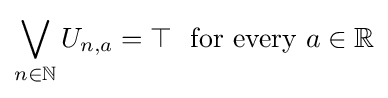
\bigvee _{n\in \mathbb {N} }U_{n,a}=\top \ {\text{  for every }}a\in \mathbb {R}